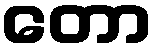
တော